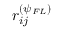
r _ { i j } ^ { ( \psi _ { F L } ) }